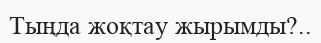
Тыңда жоқтау жырымды?..